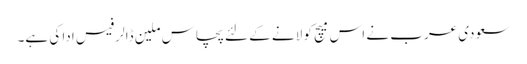
سعودی عرب نے اس میچ کو لانے کے لئے پچاس ملین ڈالر فیس ادا کی ہے۔